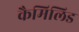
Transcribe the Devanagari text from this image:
कैमिलिड